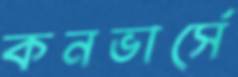
কনভার্সে